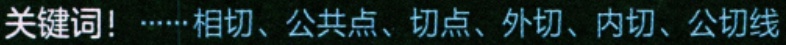
关键词！······相切、公共点、切点、外切、内切、公切线